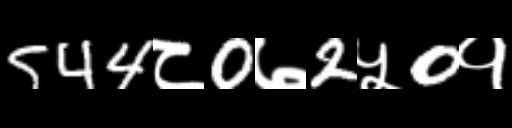
Text: 544८0७2५0१